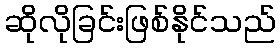
ဆိုလိုခြင်းဖြစ်နိုင်သည်